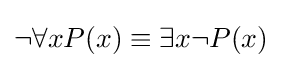
\neg \forall xP(x)\equiv \exists x\neg P(x)